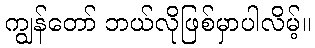
ကျွန်တော် ဘယ်လိုဖြစ်မှာပါလိမ့်။